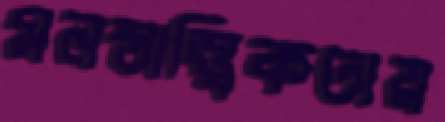
মনস্তাত্ত্বিকতায়